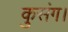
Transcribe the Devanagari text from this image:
कुसंग।